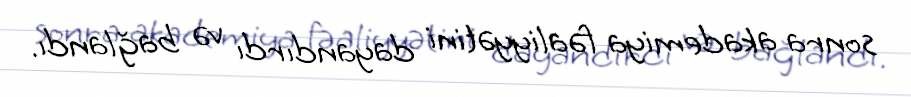
sonra akademiya fəaliyyətini dayandırdı və bağlandı.